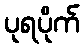
ပုရပိုက်